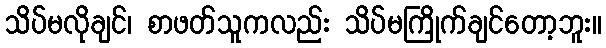
သိပ်မလိုချင်၊ စာဖတ်သူကလည်း သိပ်မကြိုက်ချင်တော့ဘူး။